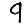
Digit: 9